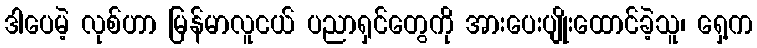
ဒါပေမဲ့ လုစ်ဟာ မြန်မာလူငယ် ပညာရှင်တွေကို အားပေးပျိုးထောင်ခဲ့သူ၊ ရှေ့က